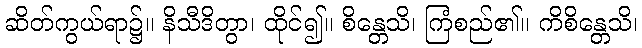
ဆိတ်ကွယ်ရာ၌။ နိသီဒိတွာ၊ ထိုင်၍။ စိန္တေသိ၊ ကြံစည်၏။ ကိစိန္တေသိ၊